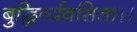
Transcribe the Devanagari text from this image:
बुद्धिर्व्यवसिता।।